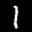
Label: 1